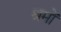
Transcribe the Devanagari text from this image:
श्रमों